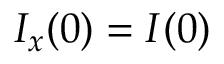
I _ { x } ( 0 ) = I ( 0 )